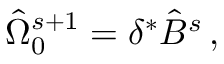
{ \hat { \Omega } } _ { 0 } ^ { s + 1 } = \delta ^ { * } { \hat { B } } ^ { s } \, ,